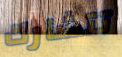
تتشارك